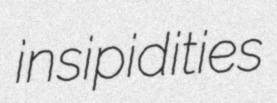
insipidities